Manual of vaccination for the United Provinces of Agra and Oudh -
Year: 1903
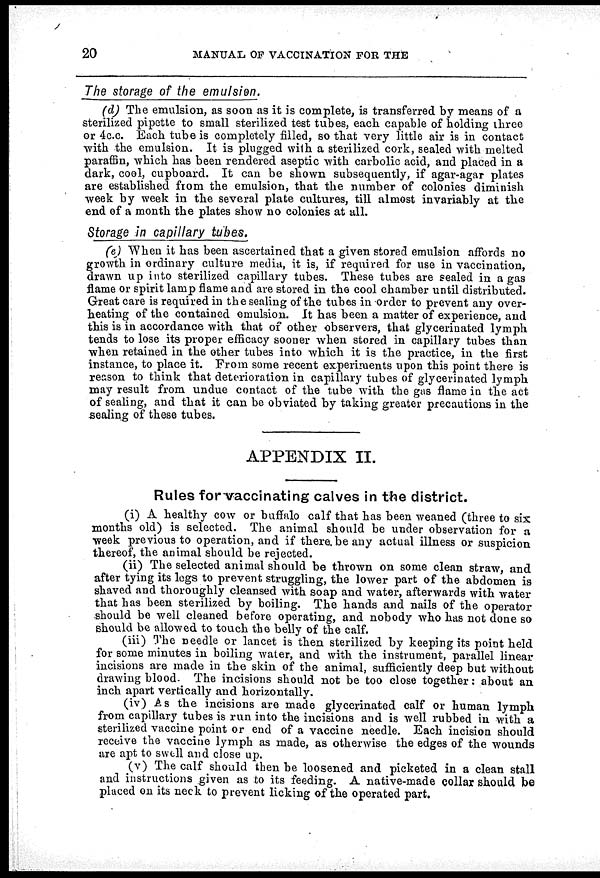
20
MANUAL OF VACCINATION FOR THE
The storage of the emulsien.
(d) The emulsion, as soon as it is complete, is transferred by means of a
sterilized pipette to small sterilized test tubes, each capable of holding three
or 4c.c. Each tube is completely filled, so that very little air is in contact
with the emulsion. It is plugged with a sterilized cork, sealed with melted
paraffin, which has been rendered aseptic with carbolic acid, and placed in a
dark, cool, cupboard. It can be shown subsequently, if agar-agar plates
are established from the emulsion, that the number of colonies diminish
week by week in the several plate cultures, till almost invariably at the
end of a month the plates show no colonies at all.
Storage in capillary tubes.
(e) When it has been ascertained that a given stored emulsion affords no
g rowth in ordinary culture media, it is, if required for use in vaccination,
drawn up into sterilized capillary tubes. These tubes are sealed in a gas
flame or spirit lamp flame and are stored in the cool chamber until distributed.
Great care is required in the sealing of the tubes in order to prevent any over-
heating of the contained emulsion. It has been a matter of experience, and
this is in accordance with that of other observers, that glycerinated lymph
tends to lose its proper efficacy sooner when stored in capillary tubes than
when retained in the other tubes into which it is the practice, in the first
instance, to place it. From some recent experiments upon this point there is
reason to think that deterioration in capillary tubes of glycerinated lymph
may result from undue contact of the tube with the gas flame in the act
of sealing, and that it can be obviated by taking greater precautions in the
sealing of these tubes.
APPENDIX II.
Rules for vaccinating calves in the district.
(i) A healthy cow or buffalo calf that has been weaned (three to six
months old) is selected. The animal should be under observation for a
week previous to operation, and if there be any actual illness or suspicion
thereof, the animal should be rejected.
(ii) The selected animal should be thrown on some clean straw, and
after tying its legs to prevent struggling, the lower part of the abdomen is
shaved and thoroughly cleansed with soap and water, afterwards with water
that has been sterilized by boiling. The hands and nails of the operator
should be well cleaned before operating, and nobody who has not done so
should be allowed to touch the belly of the calf.
(iii) The needle or lancet is then sterilized by keeping its point held
for some minutes in boiling water, and with the instrument, parallel linear
incisions are made in the skin of the animal, sufficiently deep but without
drawing blood. The incisions should not be too close together: about an
inch apart vertically and horizontally.
(iv) As the incisions are made glycerinated calf or human lymph
from capillary tubes is run into the incisions and is well rubbed in with a
sterilized vaccine point or end of a vaccine needle. Each incision should
receive the vaccine lymph as made, as otherwise the edges of the wounds
are apt to swell and close up.
(v) The calf should then be loosened and picketed in a clean stall
and instructions given as to its feeding. A native-made collar should be
placed on its neck to prevent licking of the operated part.